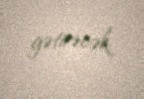
gətirəcək.